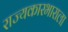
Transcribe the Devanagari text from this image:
राज्यकारभाराला